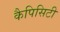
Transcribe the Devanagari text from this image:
कैपिसिटी